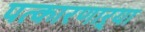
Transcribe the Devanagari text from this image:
पत्कारणाऱ्या